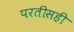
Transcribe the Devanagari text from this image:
परतीसही